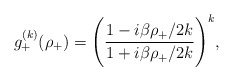
\begin{align*}g^{(k)}_+(\rho_+)=\Biggl(\frac{1-{i\beta \rho_+}/{2k}}{1+{i\beta \rho_+}/{2k}}\Biggr)^k, \end{align*}